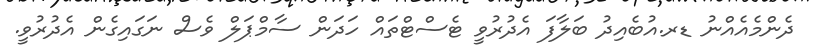
ދެންމެއެއްނު ޑރ.އުބެއިދު ބަލާފަ އެދުރުވީ ޓެސްޓްތައް ހަދަން ސާމްޕަލް ވެސް ނަގައިގެން އެދުރުވީ.